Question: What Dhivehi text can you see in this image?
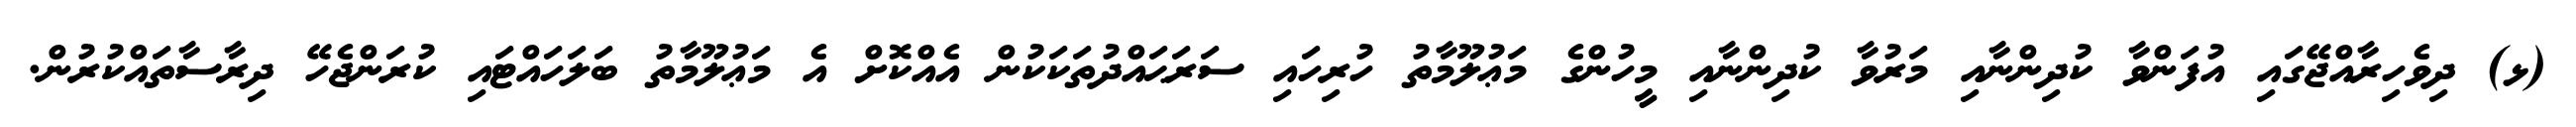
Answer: (ޅ) ދިވެހިރާއްޖޭގައި އުފަންވާ ކުދިންނާއި މަރުވާ ކުދިންނާއި މީހުންގެ މަޢުލޫމާތު ހުރިހައި ސަރަޙައްދުތަކަކުން އެއްކޮށް އެ މަޢުލޫމާތު ބަލަހައްޓައި ކުރަންޖެހޭ ދިރާސާތައްކުރުން.